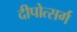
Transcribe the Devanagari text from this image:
दीपोत्सर्ग